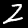
Label: 2